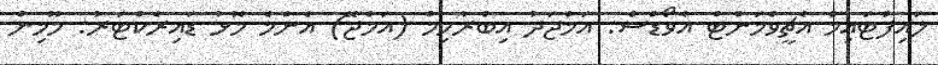
ލައިފްޓައިމް އެޗީވްމަންޓް އެވޯޑްސް: އަމްޖަދު އިބްރާހިމް (އަމްޖޭ) އެންމެ މޮޅު ޑައިރެކްޓަރު: މޫމިން